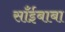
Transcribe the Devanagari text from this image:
साँईबाबा